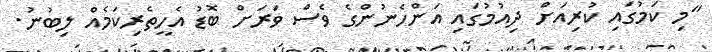
"މި ކަމުގައި ކުރިއަށް ދިއުމުގައި އަންހެނުންގެ ވެސް ވަރަށް ބޮޑު އެހީތެރިކަމެއް ލިބުނު.